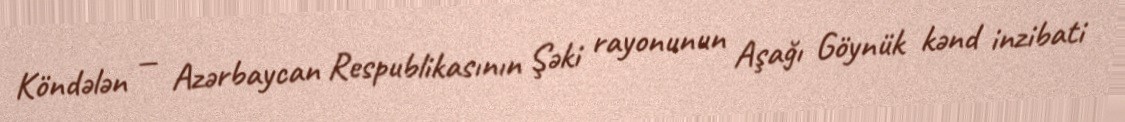
Köndələn — Azərbaycan Respublikasının Şəki rayonunun Aşağı Göynük kənd inzibati